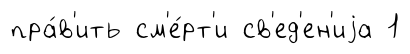
пра́в'ить см'е́рт'и св'ед'ен'иjа 1